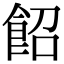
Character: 䬰